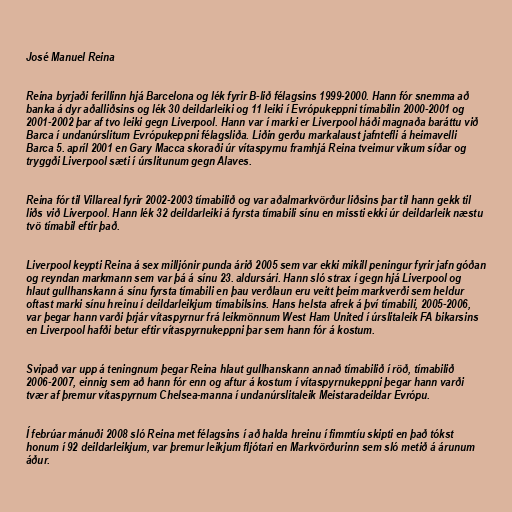
José Manuel Reina

Reina byrjaði ferillinn hjá Barcelona og lék fyrir B-lið félagsins 1999-2000. Hann fór snemma að
banka á dyr aðalliðsins og lék 30 deildarleiki og 11 leiki í Evrópukeppni tímabilin 2000-2001 og
2001-2002 þar af tvo leiki gegn Liverpool. Hann var í marki er Liverpool háði magnaða baráttu við
Barca í undanúrslitum Evrópukeppni félagsliða. Liðin gerðu markalaust jafntefli á heimavelli
Barca 5. apríl 2001 en Gary Macca skoraði úr vítaspyrnu framhjá Reina tveimur vikum síðar og
tryggði Liverpool sæti í úrslitunum gegn Alaves.

Reina fór til Villareal fyrir 2002-2003 tímabilið og var aðalmarkvörður liðsins þar til hann gekk til
liðs við Liverpool. Hann lék 32 deildarleiki á fyrsta tímabili sínu en missti ekki úr deildarleik næstu
tvö tímabil eftir það.

Liverpool keypti Reina á sex milljónir punda árið 2005 sem var ekki mikill peningur fyrir jafn góðan
og reyndan markmann sem var þá á sínu 23. aldursári. Hann sló strax í gegn hjá Liverpool og
hlaut gullhanskann á sínu fyrsta tímabili en þau verðlaun eru veitt þeim markverði sem heldur
oftast marki sínu hreinu í deildarleikjum tímabilsins. Hans helsta afrek á því tímabili, 2005-2006,
var þegar hann varði þrjár vítaspyrnur frá leikmönnum West Ham United í úrslitaleik FA bikarsins
en Liverpool hafði betur eftir vítaspyrnukeppni þar sem hann fór á kostum.

Svipað var upp á teningnum þegar Reina hlaut gullhanskann annað tímabilið í röð, tímabilið
2006-2007, einnig sem að hann fór enn og aftur á kostum í vítaspyrnukeppni þegar hann varði
tvær af þremur vítaspyrnum Chelsea-manna í undanúrslitaleik Meistaradeildar Evrópu.

Í febrúar mánuði 2008 sló Reina met félagsins í að halda hreinu í fimmtíu skipti en það tókst
honum í 92 deildarleikjum, var þremur leikjum fljótari en Markvörðurinn sem sló metið á árunum
áður.